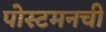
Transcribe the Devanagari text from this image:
पोस्टमनची